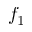
f _ { 1 }